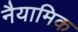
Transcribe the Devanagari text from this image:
नैयामिक